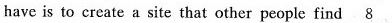
have is to create a site that other people find \underline{8}.